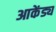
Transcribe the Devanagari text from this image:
आकेंड्य